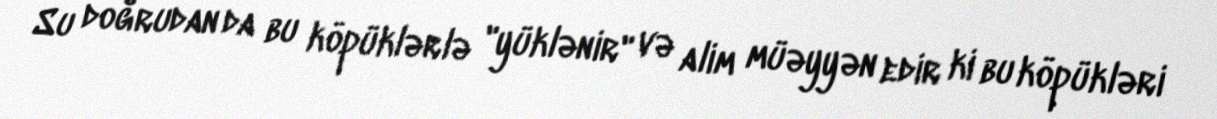
Su doğrudan da bu köpüklərlə "yüklənir" və alim müəyyən edir ki bu köpükləri